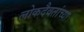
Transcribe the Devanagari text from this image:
लोकदैवतांच्या